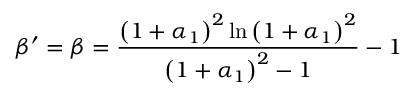
\beta ^ { \prime } = \beta = \frac { \left( 1 + \alpha _ { 1 } \right) ^ { 2 } \ln \left( 1 + \alpha _ { 1 } \right) ^ { 2 } } { \left( 1 + \alpha _ { 1 } \right) ^ { 2 } - 1 } - 1